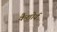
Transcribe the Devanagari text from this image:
कैशोर्य